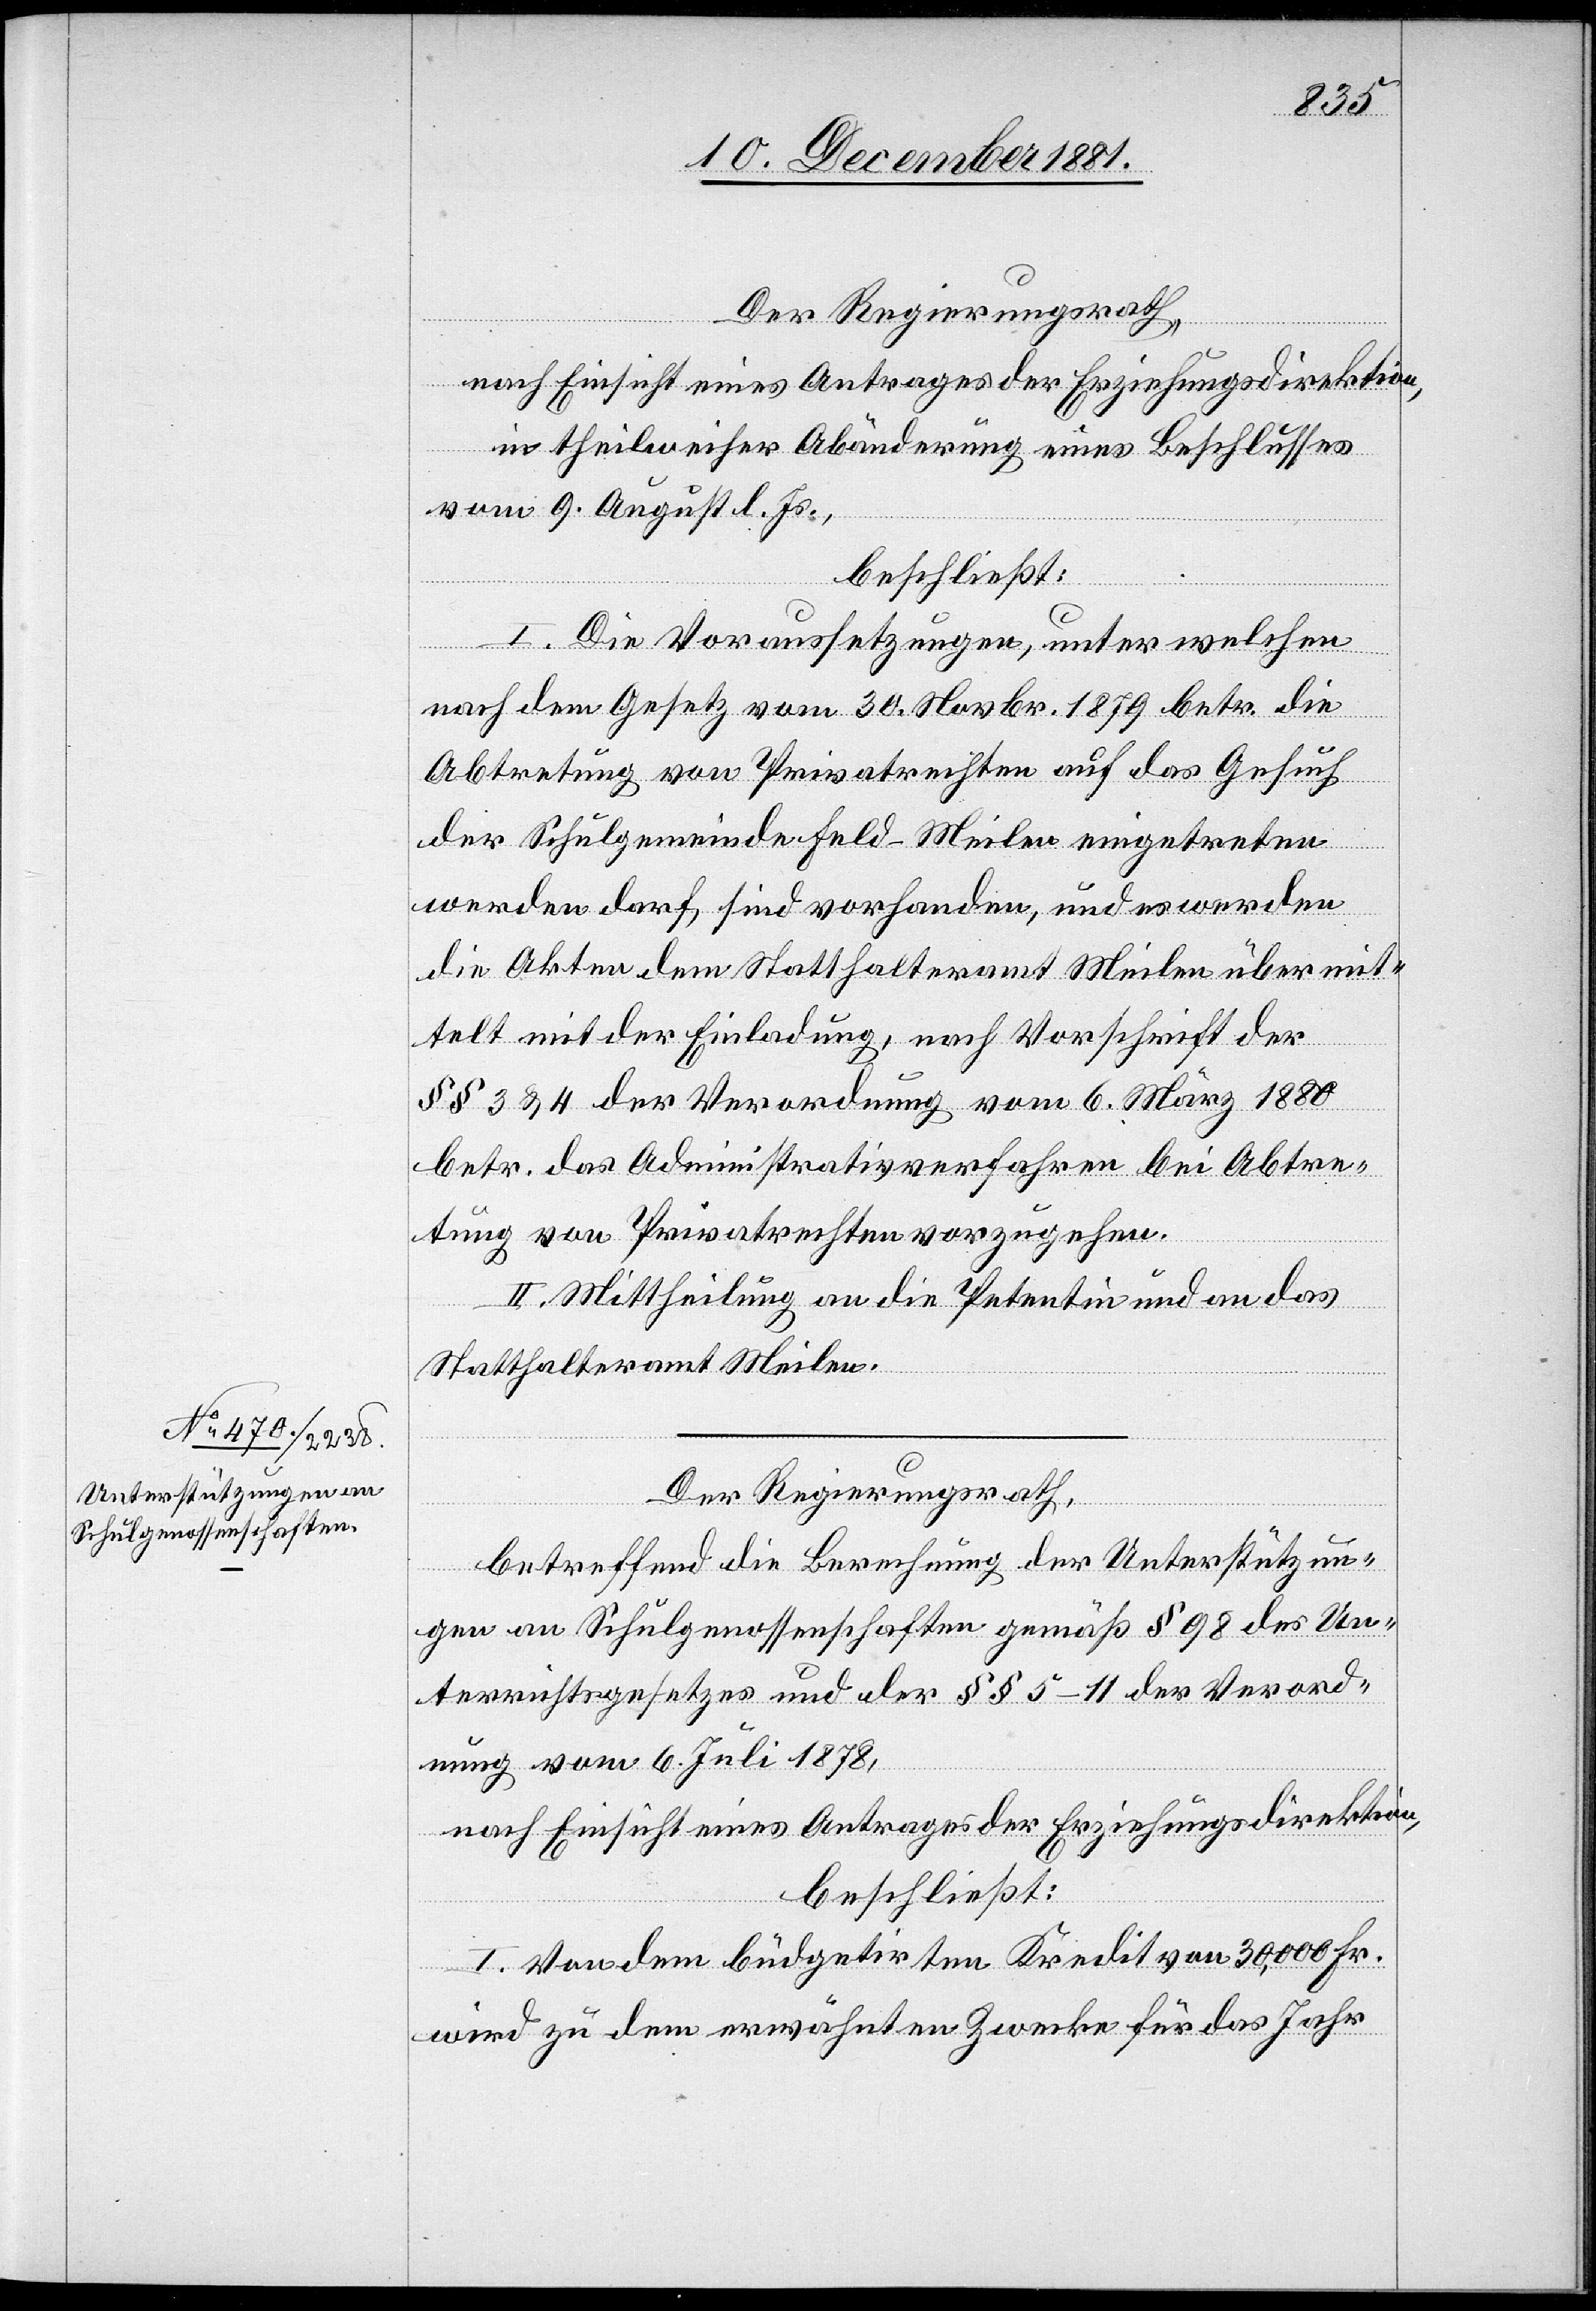
Der Regierungsrath,
nach Einsicht eines Antrages der Erziehungsdirektion,
in theilweiser Abänderung eines Beschlusses
vom 9. August l. Js.,
beschließt:
I. Die Voraussetzungen, unter welchen
nach dem Gesetz vom 30. Novbr. 1879 betr. die
Abtretung von Privatrechten auf das Gesuch
der Schulgemeinde Feld-Meilen eingetreten
werden darf, sind vorhanden, und es werden
die Akten dem Statthalteramt Meilen übermit¬
telt mit der Einladung, nach Vorschrift der
§§ 3 & 4 der Verordnung vom 6. März 1880
betr. das Administrativ[v]erfahren bei Abtre¬
tung von Privatrechten vorzugehen.
II. Mittheilung an die Petentin und an das
Statthalteramt Meilen.
Der Regierungsrath,
betreffend die Berechnung der Unterstützun¬
gen an Schulgenossenschaften gemäß § 98 des Un¬
terrichtsgesetzes und der §§ 5–11 der Verord¬
nung vom 6. Juli 1878,
nach Einsicht eines Antrages der Erziehungsdirektion,
beschließt:
I. Von dem büdgetirten Kredit von 30,000 Fr.
wird zu dem erwähnten Zwecke für das Jahr